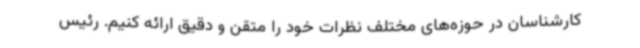
کارشناسان در حوزه‌های مختلف نظرات خود را متقن و دقیق ارائه کنیم. رئیس